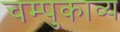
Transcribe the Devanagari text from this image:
चम्पुकाव्य